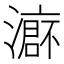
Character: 𱩙